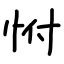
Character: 㤔